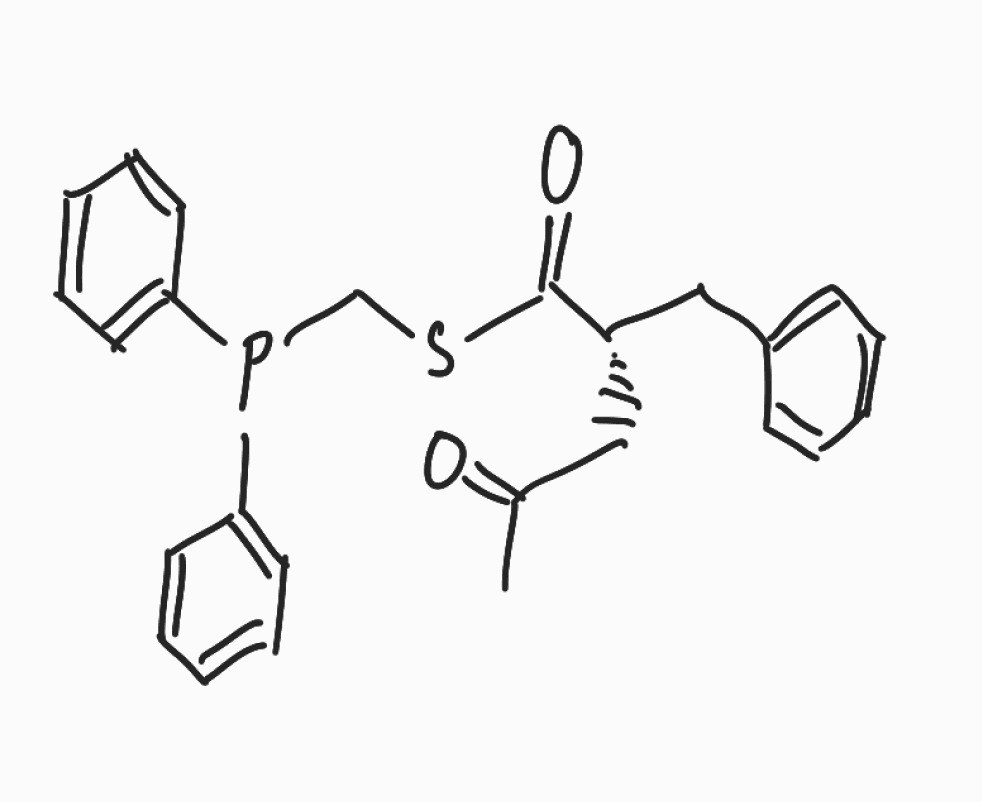
Simplified molecular-input line-entry system (SMILES) notation of the given molecule:
CC(=O)C[C@@H](CC1=CC=CC=C1)C(=O)SCP(C2=CC=CC=C2)C3=CC=CC=C3